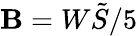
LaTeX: \mathbf{B}=W\tilde{{S}}/5